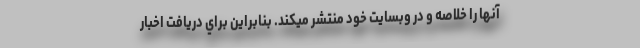
آنها را خلاصه و در وبسايت خود منتشر ميكند. بنابراين براي دريافت اخبار